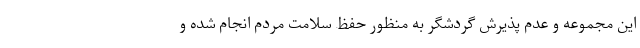
این مجموعه و عدم پذیرش گردشگر به منظور حفظ سلامت مردم انجام شده و